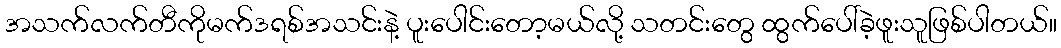
အသက်လက်တီကိုမက်ဒရစ်အသင်းနဲ့ ပူးပေါင်းတော့မယ်လို့ သတင်းတွေ ထွက်ပေါ်ခဲ့ဖူးသူဖြစ်ပါတယ်။